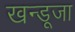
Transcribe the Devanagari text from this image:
खन्डूजा